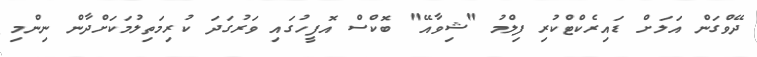
ދޭވްގަން އަލަށް ޑައިރެކްޓްކުރި ފިލްމު "ޝިވާއޭ" ބޮކްސް އޮފީހުގައި ވަރުގަދަ ކުރިމަތިލުމަކަށްދާން ނިންމި